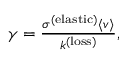
\begin{array} { r } { \gamma = \frac { \sigma ^ { ( \mathrm { e l a s t i c } ) } \langle v \rangle } { k ^ { ( \mathrm { l o s s } ) } } , } \end{array}